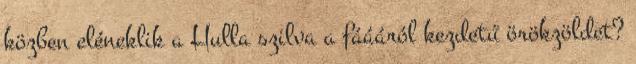
közben eléneklik a Hulla szilva a fáááról kezdetű örökzöldet?